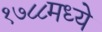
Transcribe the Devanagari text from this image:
१७८८मध्ये